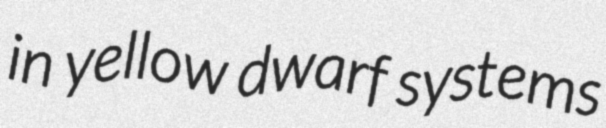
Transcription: in yellow dwarf systems